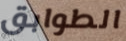
الطوابق